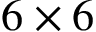
6 \times 6